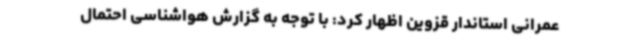
عمرانی استاندار قزوین اظهار کرد: با توجه به گزارش هواشناسی احتمال